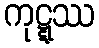
ကုဋ္ဋဿ